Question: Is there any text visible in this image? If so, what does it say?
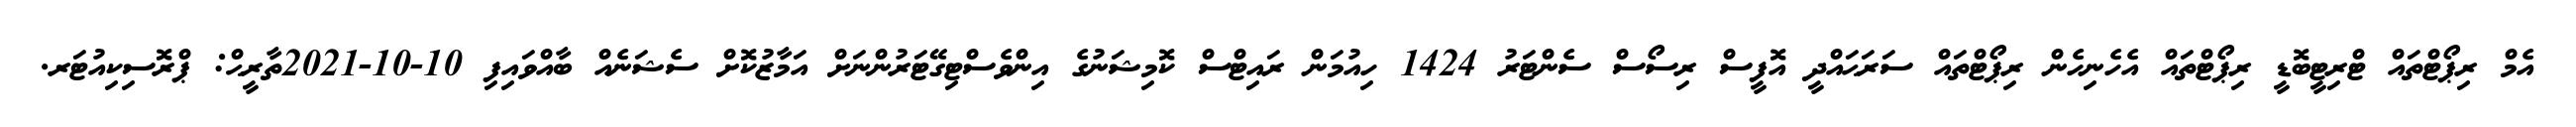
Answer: އެމް ރިޕޯޓްތައް ޓްރިޓީބޮޑީ ރިޕޯޓްތައް އެހެނިހެން ރިޕޯޓްތައް ސަރަޙައްދީ އޮފީސް ރިސޯސް ސެންޓަރު 1424 ހިއުމަން ރައިޓްސް ކޮމިޝަނުގެ އިންވެސްޓިގޭޓަރުންނަށް އަމާޒުކޮށް ސެޝަނެއް ބާއްވައިފި 10-10-2021ތާރީޙް: ޕްރޮސިކިއުޓަރ.